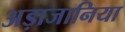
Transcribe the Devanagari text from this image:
अड़ाजानिया